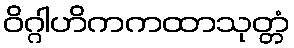
ဝိဂ္ဂါဟိကကထာသုတ္တံ